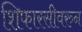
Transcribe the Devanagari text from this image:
शिफारसीवरुन